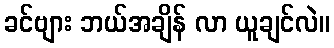
ခင်ဗျား ဘယ်အချိန် လာ ယူချင်လဲ။